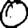
Digit: 0